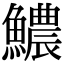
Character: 𩼅